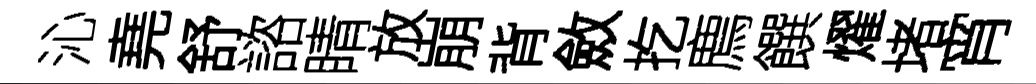
沁堯舒諮睛放崩背斂扢廌饌燿堵宵